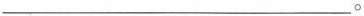
___。